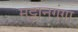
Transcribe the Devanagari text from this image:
मट्टानगंगा